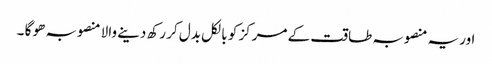
اوریہ منصوبہ طاقت کے مرکز کو بالکل بدل کر رکھ دینے والا منصوبہ ھو گا ۔